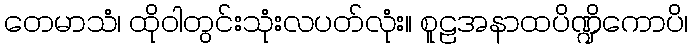
တေမာသံ၊ ထိုဝါတွင်းသုံးလပတ်လုံး။ စူဠအနာထပိဏ္ဍိကောပိ၊